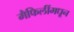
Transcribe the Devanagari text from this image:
मैफिलींमधून